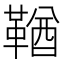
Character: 鞧